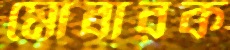
মোবারক